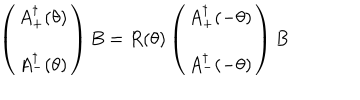
LaTeX: \left( \begin{array} { c } { { A _ { + } ^ { \dagger } ( \theta ) } } \\ { { A _ { - } ^ { \dagger } ( \theta ) } } \\ \end{array} \right) B = R ( \theta ) \left( \begin{array} { c } { { A _ { + } ^ { \dagger } ( - \theta ) } } \\ { { A _ { - } ^ { \dagger } ( - \theta ) } } \\ \end{array} \right) B